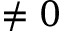
\neq 0